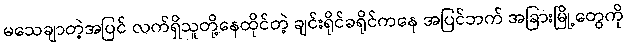
မသေချာတဲ့အပြင် လက်ရှိသူတို့နေထိုင်တဲ့ ချင်းရိုင်ခရိုင်ကနေ အပြင်ဘက် အခြားမြို့တွေကို